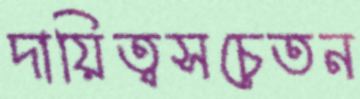
দায়িত্বসচেতন